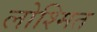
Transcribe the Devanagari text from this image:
लोश्मित